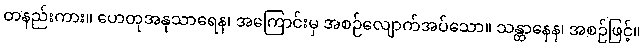
တနည်းကား။ ဟေတုအနုသာရေန၊ အကြောင်းမှ အစဉ်လျောက်အပ်သော။ သန္တာနေန၊ အစဉ်ဖြင့်။